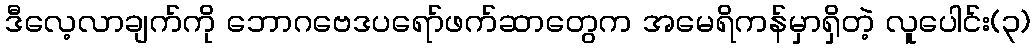
ဒီလေ့လာချက်ကို ဘောဂဗေဒပရော်ဖက်ဆာတွေက အမေရိကန်မှာရှိတဲ့ လူပေါင်း(၃)